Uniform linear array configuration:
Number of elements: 64
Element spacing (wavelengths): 0.5
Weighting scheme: cosine
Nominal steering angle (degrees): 15
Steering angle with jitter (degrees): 15.341
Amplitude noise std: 0.05
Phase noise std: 0.05

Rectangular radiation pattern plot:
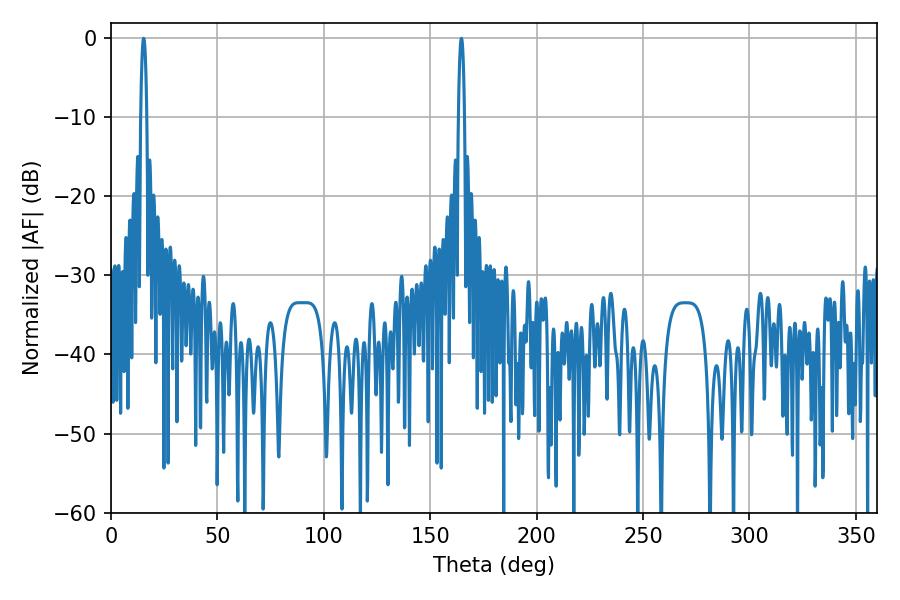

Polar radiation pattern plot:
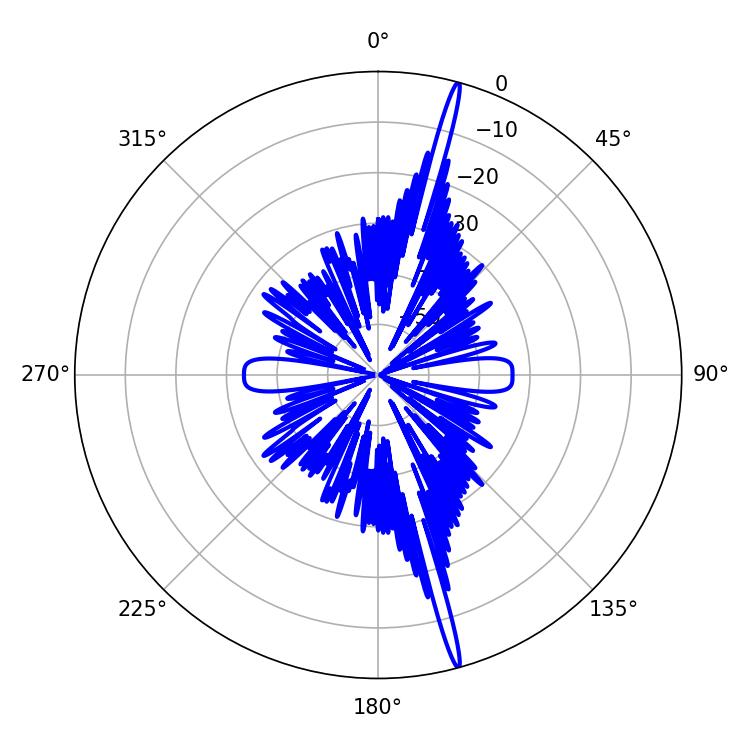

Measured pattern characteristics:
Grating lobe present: FALSE
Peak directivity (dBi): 20.639
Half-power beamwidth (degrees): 1.62
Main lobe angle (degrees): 15.3